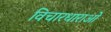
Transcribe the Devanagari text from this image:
विचारधाराओंं